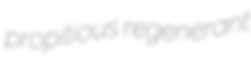
propitious regenerant